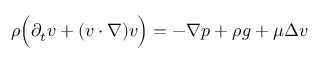
\begin{array} { r } { \rho \Big ( \partial _ { t } v + ( v \cdot \nabla ) v \Big ) = - \nabla p + \rho g + \mu \Delta v } \end{array}